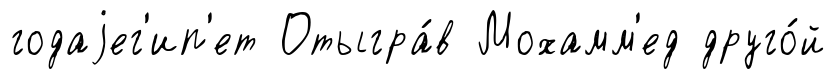
годаjег'ип'ет Отыгра́в Мохамм'ед друго́й